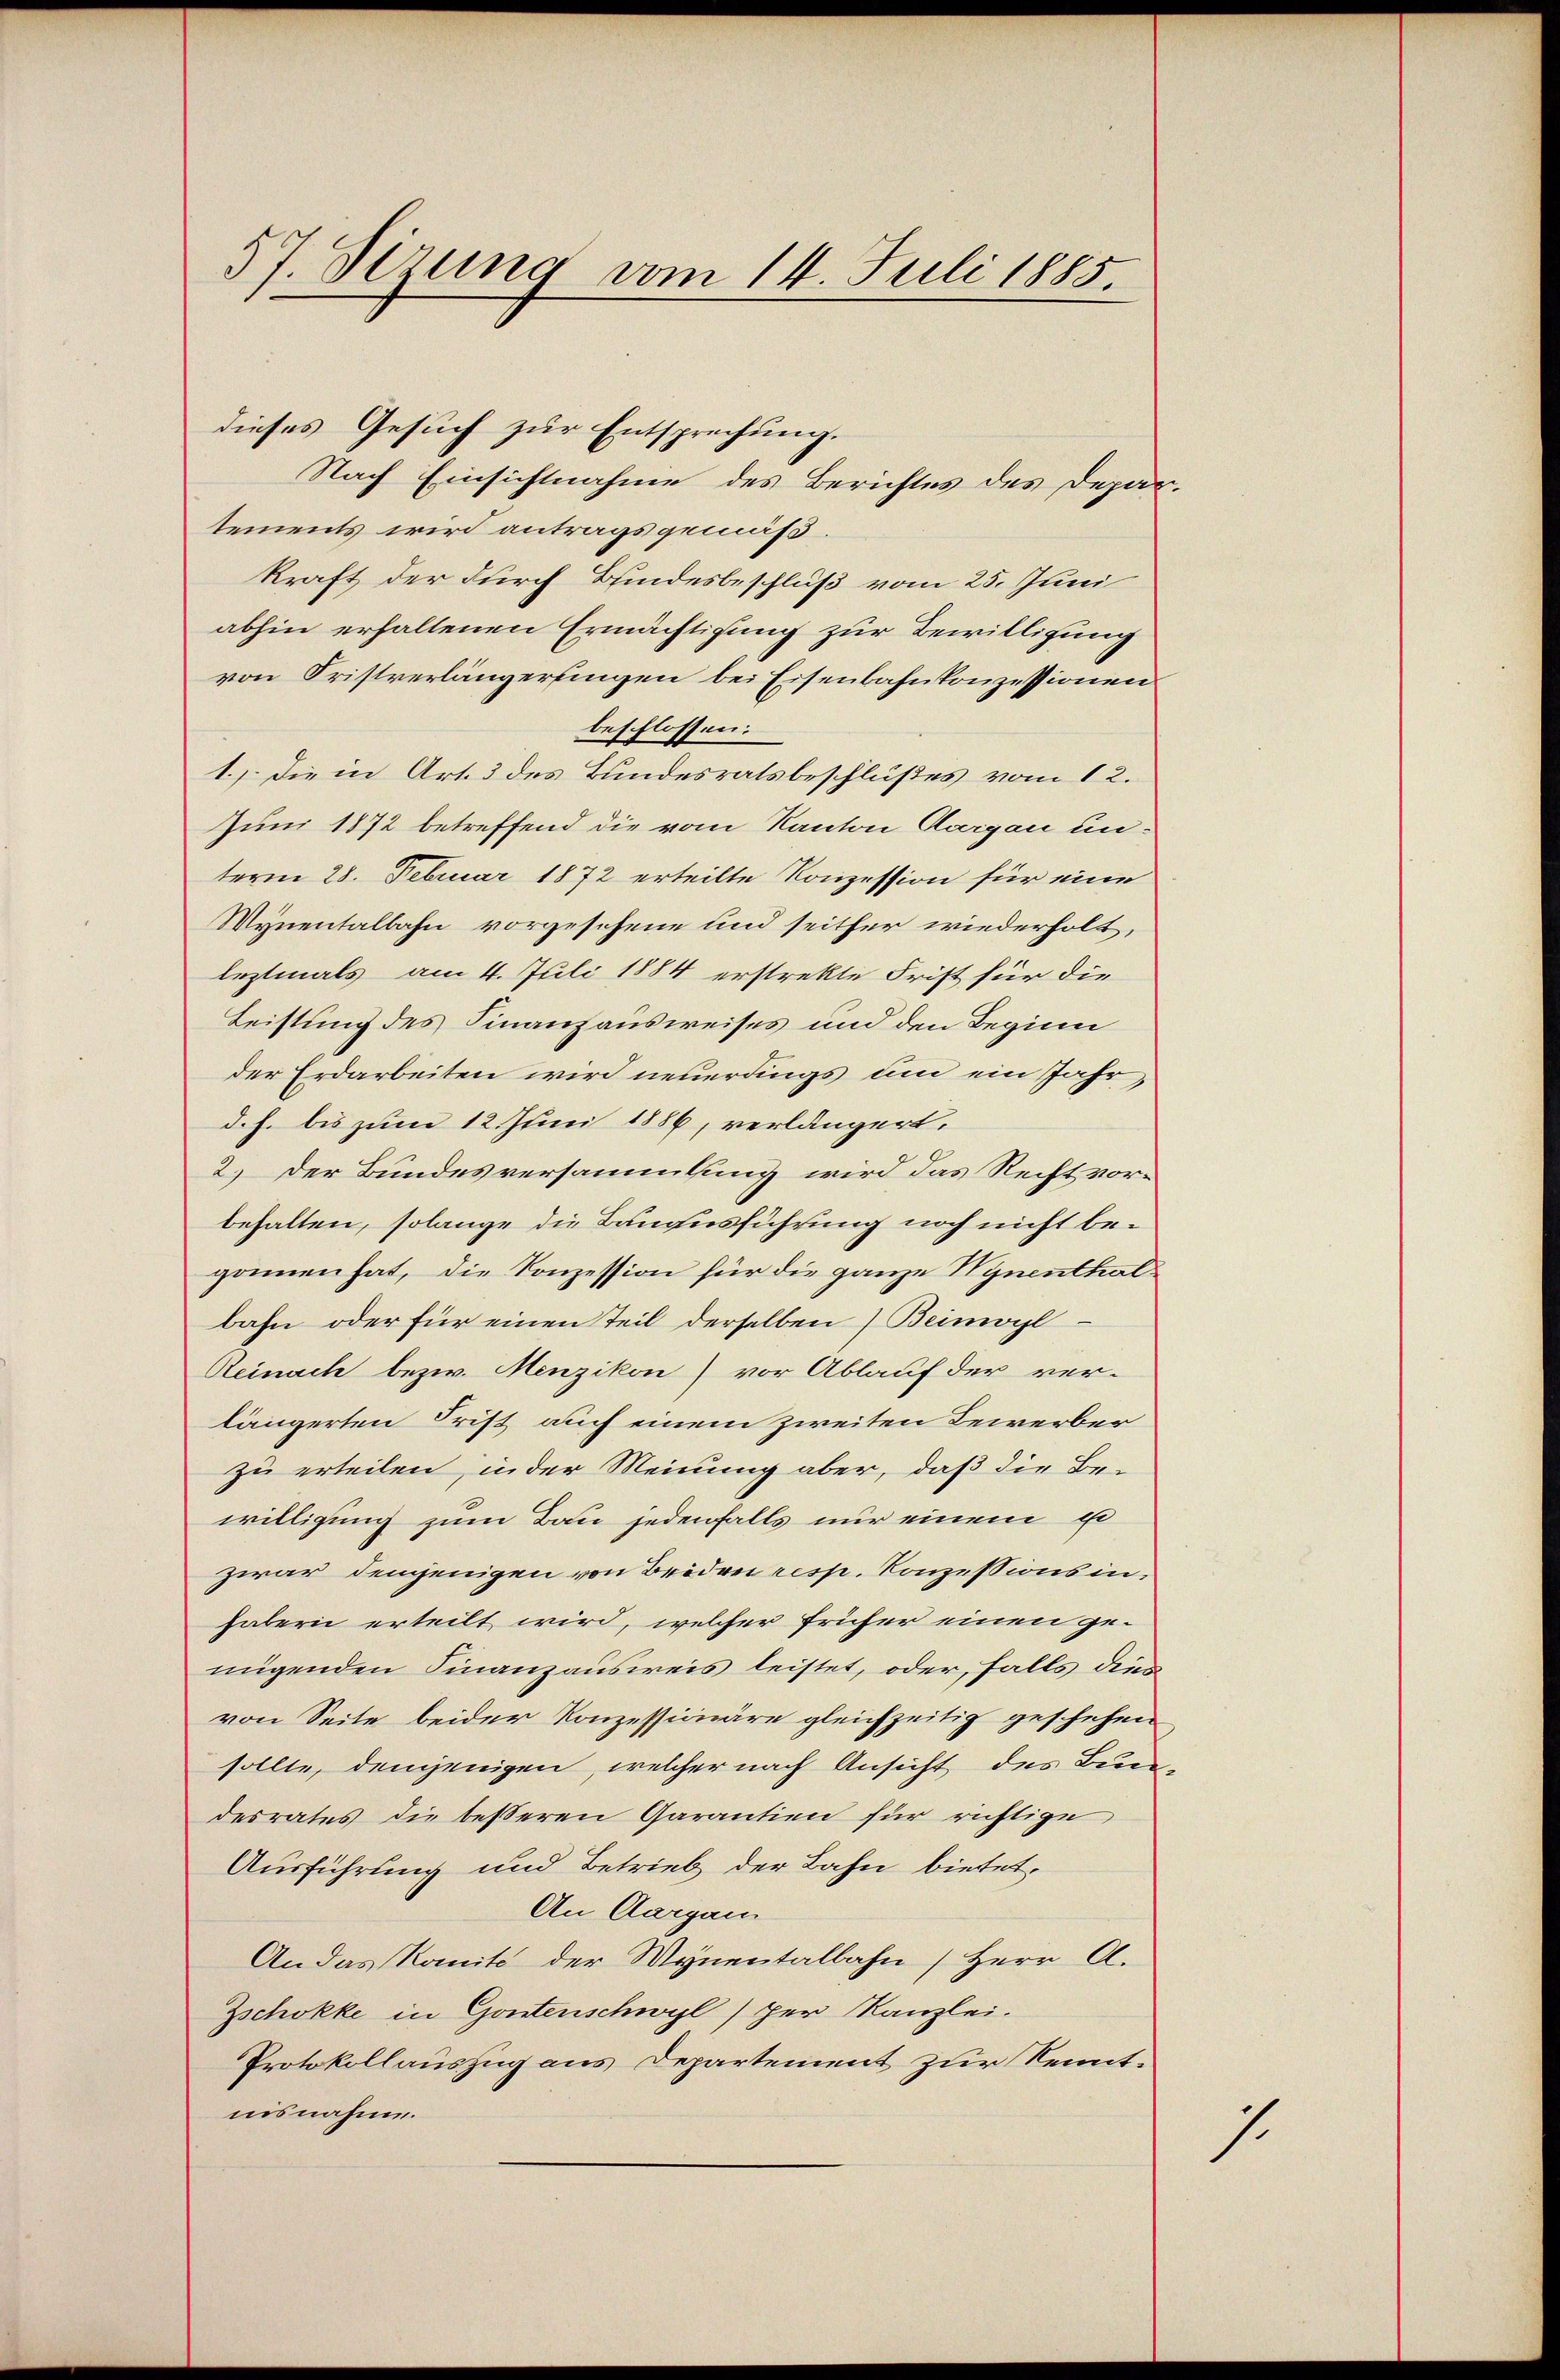
57. Sirung vom 14. Juli 1885.

dieses Gesuch zur Entsprechung.
Nach Einsichtnahme des Berichtes des Depar
tements wird antragsgemäß.
kraft der durch Bundesbeschluß vom 25. Juni
abhin erhaltenen Ermächtigung zur Bewilligung
von Fristverlängerungen bei Eisenbahnkonzessionen
beschlossen:
1.) Die in Art. 3 des Bundesratsbeschlußes vom 12.
Juni 1872 betreffend die vom Kanton Aargau unterm 28. Februar 1872 erteilte Konzession für eine
Mynentalbahn vorgesehene und seither wiederholt,
leztmals am 4. Juli 1884 erstrekte Frist für die
Leistung des Finanzausweises und den Beginn
der Erdarbeiten wird neuerdings um ein Jahr,
d. h. bis zum 12. Juni 1886, verlängert.
2.) Der Bundesversammlung wird das Recht vorbehalten, solange die Landesführung noch nicht begonnen hat, die Konzession für die ganze Hynenthalbahn oder für einen Teil derselben (Beimorl.
Reinach bezw. Menzikon) vor Ablauf der ver-
längerten Frist auch einem zweiten Bewerber
zu erteilen, in der Meinung aber, daß die Bewilligung zum Bau jedenfalls nur einem Ei
zwar demjenigen von Beidrei resp. Konzessionsinhabern erteilt wird, welcher früher einen genigenden Finanzausweis leistet, oder, falls dien
von Seite beider Konzessionäre gleichzeitig geschehen
sollte, denjenigen, welcher nach Ansicht des Bundesrates die besseren Garantien für richtige
Ausführung und Betrieb der Bahn bietet,
An Aargau
An das Komit der Wynentalbahn, Herr A.
Zschokke in Gontenschwyl) per Kanzlei.
Protokollauszug aus Departement zur Kenntnisnahme.

2

1